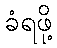
ခံရဖို့